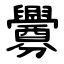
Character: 釁